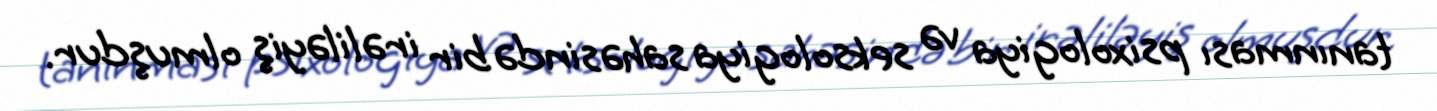
tanınması psixologiya və seksologiya sahəsində bir irəliləyiş olmuşdur.